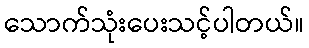
သောက်သုံးပေးသင့်ပါတယ်။